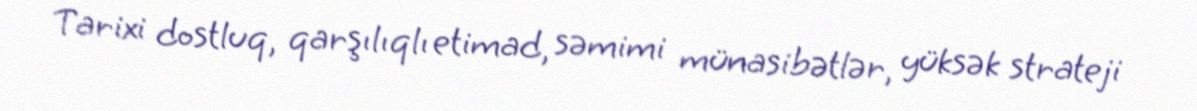
Tarixi dostluq, qarşılıqlı etimad, səmimi münasibətlər, yüksək strateji